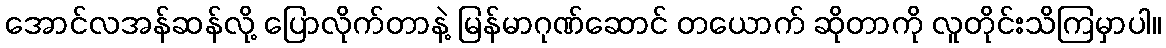
အောင်လအန်ဆန်လို့ ပြောလိုက်တာနဲ့ မြန်မာဂုဏ်ဆောင် တယောက် ဆိုတာကို လူတိုင်းသိကြမှာပါ။